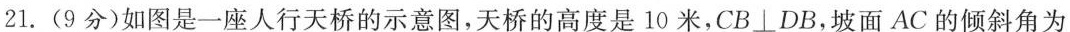
21.(9分)如图是一座人行天桥的示意图，天桥的高度是10米，CB⊥DB，坡面AC的倾斜角为